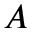
A